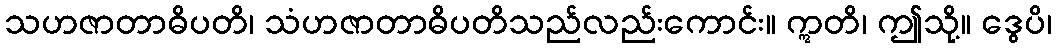
သဟဇာတာဓိပတိ၊ သံဟဇာတာဓိပတိသည်လည်းကောင်း။ ဣတိ၊ ဤသို့။ ဒွေပိ၊